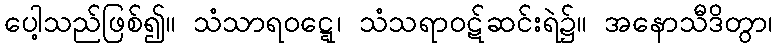
ပေါ့သည်ဖြစ်၍။ သံသာရဝဋ္ဋေ၊ သံသရာဝဋ်ဆင်းရဲ၌။ အနောသီဒိတွာ၊